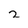
Character: 2